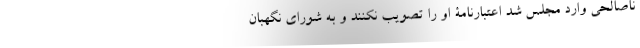
ناصالحی وارد مجلس شد اعتبارنامۀ او را تصویب نکنند و به شورای نگهبان